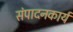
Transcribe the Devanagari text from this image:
संपादनकार्य